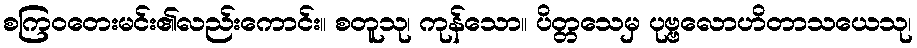
စကြဝတေးမင်း၏လည်းကောင်း။ စတူသု၊ ကုန်သော။ ပိတ္တသေမှ ပုဗ္ဗလောဟိတာသယေသု၊